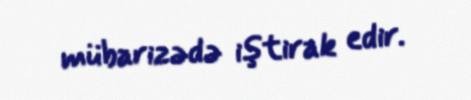
mübarizədə iştirak edir.